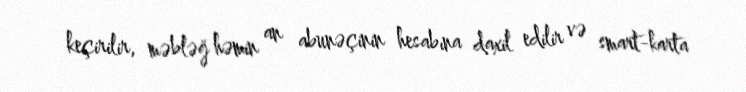
keçirilir, məbləğ həmin an abunəçinin hesabına daxil edilir və smart-karta